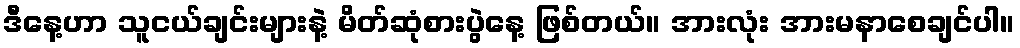
ဒီနေ့ဟာ သူငယ်ချင်းများနဲ့ မိတ်ဆုံစားပွဲနေ့ ဖြစ်တယ်။ အားလုံး အားမနာစေချင်ပါ။